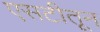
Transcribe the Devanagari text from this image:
एसटीतून